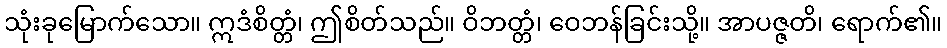
သုံးခုမြောက်သော။ ဣဒံစိတ္တံ၊ ဤစိတ်သည်။ ဝိဘတ္တံ၊ ဝေဘန်ခြင်းသို့။ အာပဇ္ဇတိ၊ ရောက်၏။